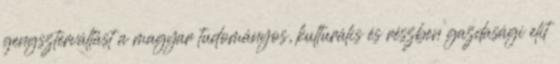
gengszterváltást a magyar tudományos, kulturális és részben gazdasági elit